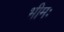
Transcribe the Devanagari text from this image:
भीमः